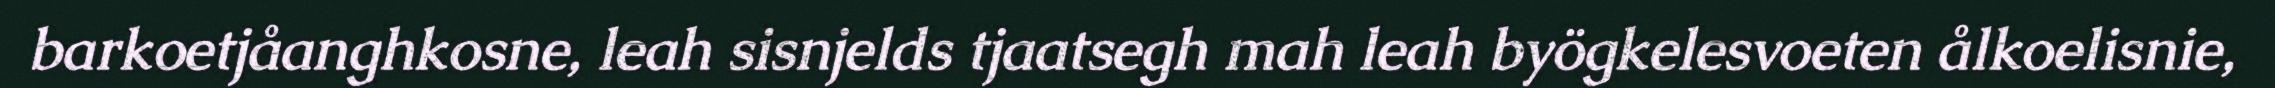
barkoetjåanghkosne, leah sisnjelds tjaatsegh mah leah byögkelesvoeten ålkoelisnie,